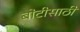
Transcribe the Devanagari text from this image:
बोटीसाठी